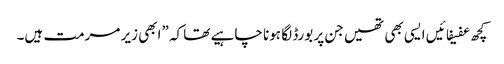
کچھ عفیفائیں ایسی بھی تھیں جن پر بورڈ لگا ہونا چاہیے تھا کہ ”ابھی زیر مرمت ہیں۔